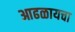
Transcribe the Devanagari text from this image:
आढळायचा